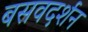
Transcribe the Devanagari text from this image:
बसवदर्शन